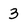
Character: 3